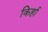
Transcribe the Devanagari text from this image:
किर्हा